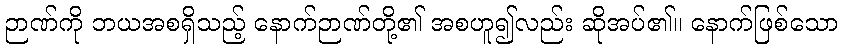
ဉာဏ်ကို ဘယအစရှိသည့် နောက်ဉာဏ်တို့၏ အစဟူ၍လည်း ဆိုအပ်၏။ နောက်ဖြစ်သော